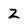
Character: Z